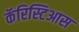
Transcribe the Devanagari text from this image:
कॅरिस्टिआस